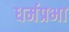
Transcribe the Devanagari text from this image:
धर्मप्रभा